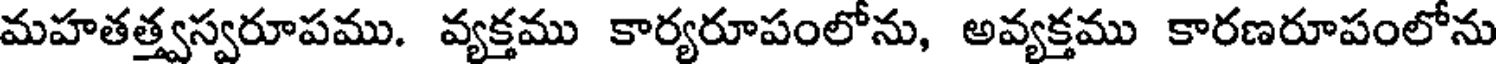
మహతత్త్వస్వరూపము. వ్యక్తము కార్యరూపంలోను, అవ్యక్తము కారణరూపంలోను